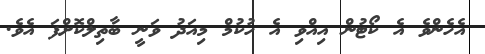
އެހެންވެ އެ ކޯޓުން އިއްވި އެ ހުކުމް މިއަދު ވަނީ ބާތިލްކޮށްފަ އެވެ.